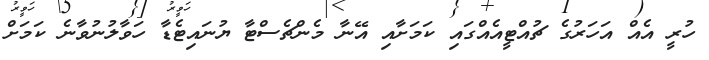
ހުރީ އެއް އަހަރުގެ ޗުއްޓީއެއްގައި ކަމަށާއި އޭނާ މެންޗެސްޓާ ޔުނައިޓެޑާ ހަވާލުނުވާނެ ކަމަށް